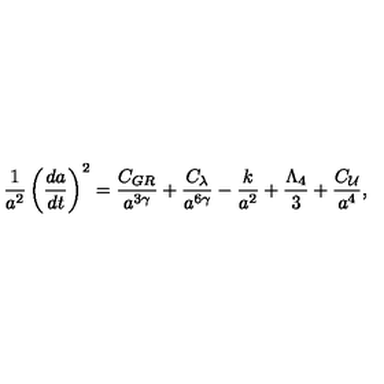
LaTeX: \frac { 1 } { a ^ { 2 } } \left( \frac { d a } { d t } \right) ^ { 2 } = \frac { C _ { G R } } { a ^ { 3 \gamma } } + \frac { C _ { \lambda } } { a ^ { 6 \gamma } } - \frac { k } { a ^ { 2 } } + \frac { \Lambda _ { 4 } } { 3 } + \frac { C _ { \cal U } } { a ^ { 4 } } ,